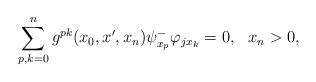
LaTeX: \begin{align*}\sum_{p,k=0}^ng^{pk}(x_0,x',x_n)\psi_{x_p}^-\varphi_{jx_k}=0,\ \ x_n>0,\end{align*}